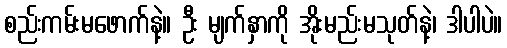
စည်းကမ်းမဖောက်နဲ့။ ဦး မျက်နှာကို အိုးမည်းမသုတ်နဲ့၊ ဒါပါပဲ။